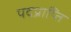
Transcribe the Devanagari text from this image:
पदप्राप्ति